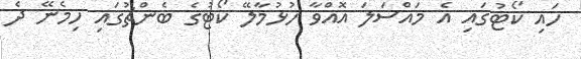
ހައި ކޯޓުގައި އެ މައްސަލަ އޮއްވާ ހުޅުމާލޭ ކޯޓުގެ ބެންޗުގައި ހިމެނޭ ދެ